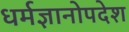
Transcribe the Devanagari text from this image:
धर्मज्ञानोपदेश